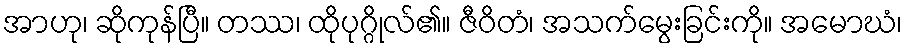
အာဟု၊ ဆိုကုန်ပြီ။ တဿ၊ ထိုပုဂ္ဂိုလ်၏။ ဇီဝိတံ၊ အသက်မွေးခြင်းကို။ အမောဃံ၊